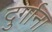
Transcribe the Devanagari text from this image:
दुर्गाना